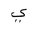
Letter: _ya